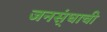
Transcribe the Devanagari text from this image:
जनस्ंघाची